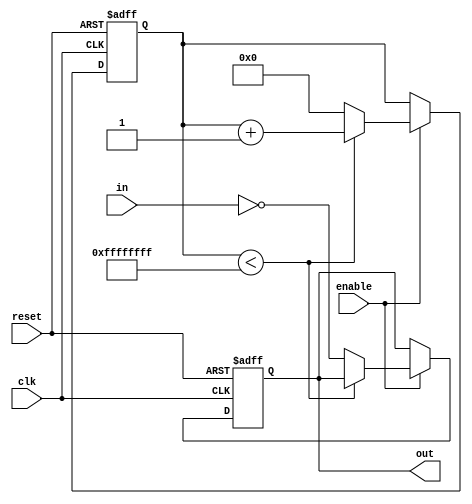
module inverter_delay(
    input wire clk,
    input wire reset,
    input wire enable,
    input wire in,
    output reg out
);

reg [31:0] delay_counter;

always @(posedge clk or posedge reset) begin
    if (reset) begin
        delay_counter <= 0;
        out <= 0;
    end else begin
        if (enable) begin
            if (delay_counter < 32'hFFFF_FFFF) begin
                delay_counter <= delay_counter + 1;
            end else begin
                delay_counter <= 0;
                out <= ~in;
            end
        end
    end
end

endmodule